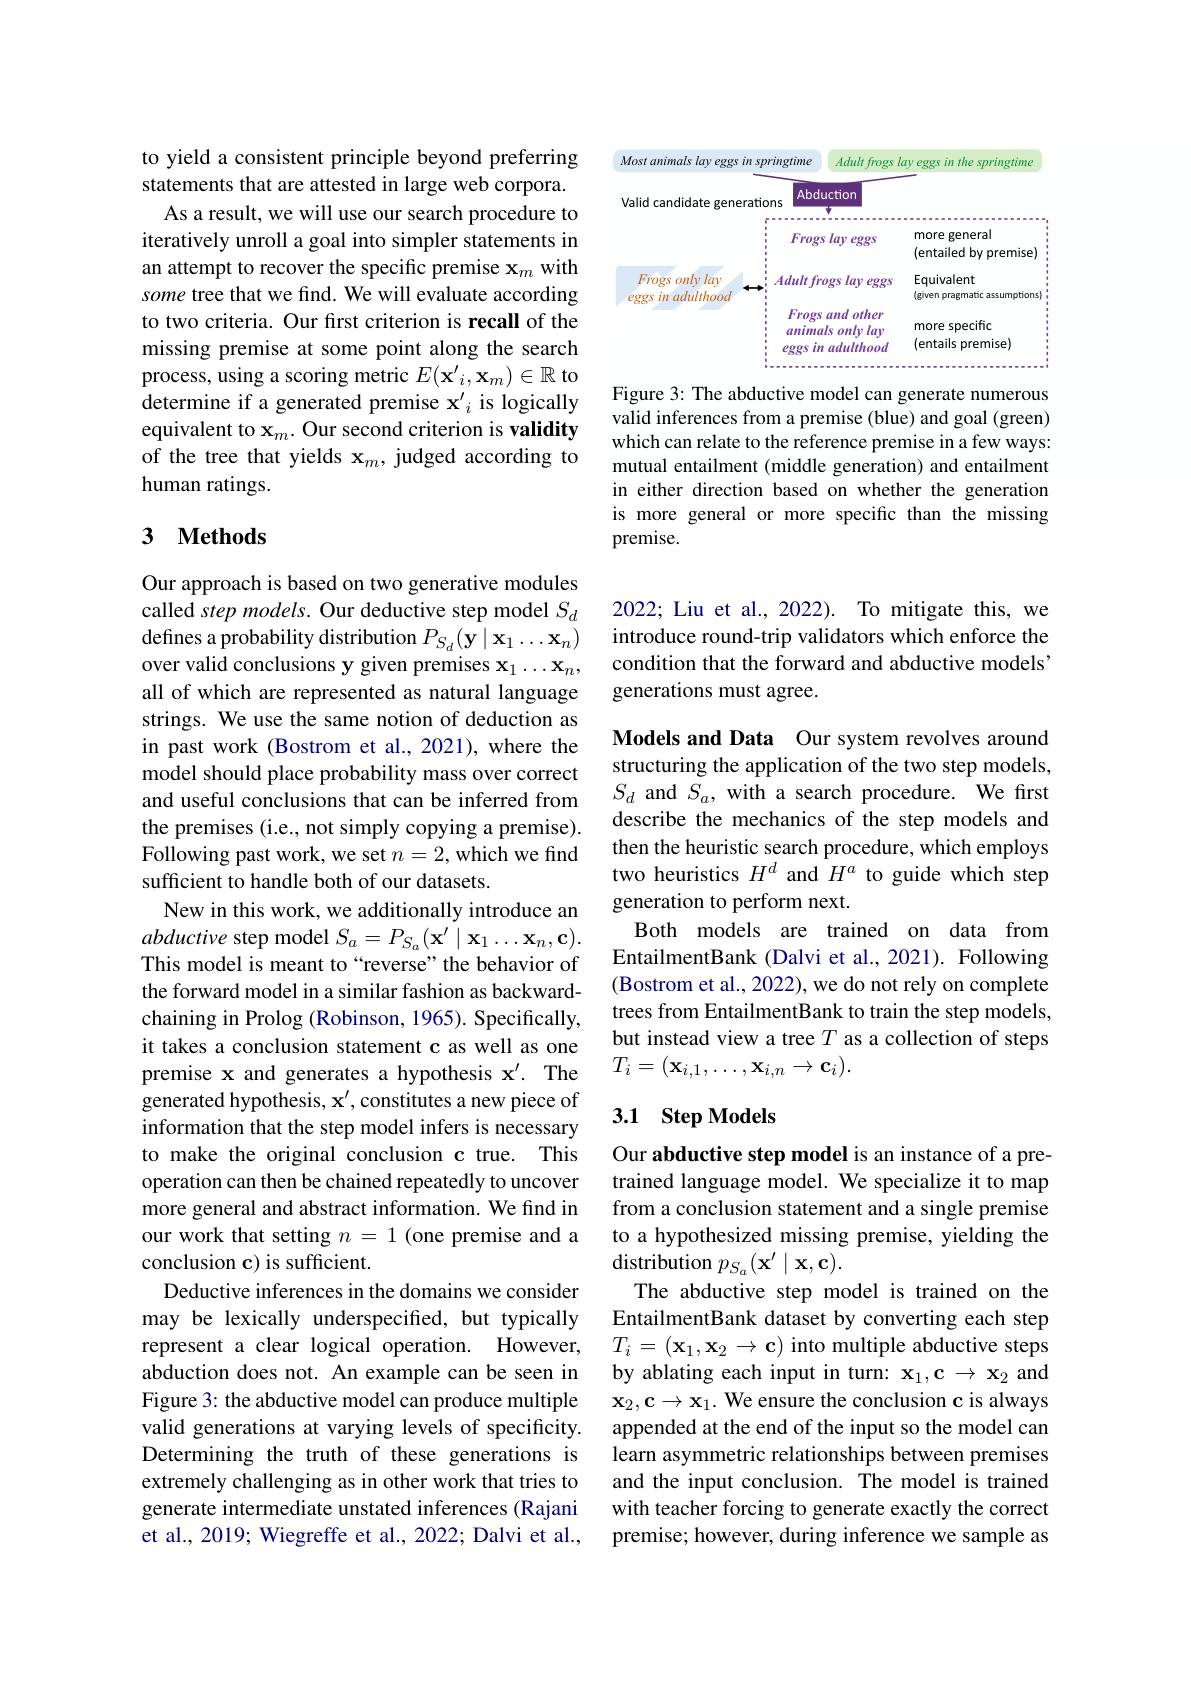
to yield a consistent principle beyond preferring statements that are attested in large web corpora.
As a result, we will use our search procedure to iteratively unroll a goal into simpler statements in an attempt to recover the specific premise x$_m$ with some tree that we find. We will evaluate according to two criteria. Our fırst criterion is recall of the missing premise at some point along the search process, using a scoring metric $E(\mathbf{x}^{\prime}_i,\mathbf{x}_m)\in\mathbb{R}$ to determine if a generated premise $\mathbf{x}_i^{\prime}$ is logically equivalent to x$_m.$ Our second criterion is validity of the tree that yields x$_m$, judged according to human ratings.

## 3 $\textbf{Methods}$

Our approach is based on two generative modules called step models. Our deductive step model $S_d$ defines a probability distribution $P_{S_d}(\mathbf{y}\mid\mathbf{x}_1\ldots\mathbf{x}_n)$ over valid conclusions y given premises $\mathbf{x}_1\ldots\mathbf{x}_n$, all of which are represented as natural language strings. We use the same notion of deduction as in past work (Bostrom et al., 2021), where the model should place probability mass over correct and useful conclusions that can be inferred from the premises (i.e., not simply copying a premise). Following past work, we set $n=2$, which we find sufficient to handle both of our datasets.
New in this work, we additionally introduce an abductive step model $S_a=P_{S_{a}}(\mathbf{x}^{\prime}\mid\mathbf{x}_{1}\ldots\mathbf{x}_{n},\mathbf{c}).$ This model is meant to“reverse”the behavior of the forward model in a similar fashion as backwardchaining in Prolog (Robinson, 1965). Specifically, it takes a conclusion statement c as well as one premise x and generates a hypothesis $\mathbf{x} ^{\prime }.$ The generated hypothesis, $\mathbf{x}^\prime$,constitutes a new piece of information that the step model infers is necessary to make the original conclusion c true. This operation can then be chained repeatedly to uncover more general and abstract information. We find in our work that setting $n=1$ (one premise and a conclusion c) is sufficient.
Deductive inferences in the domains we consider may be lexically underspecified, but typically represent a clear logical operation. However, abduction does not. An example can be seen in Figure 3: the abductive model can produce multiple valid generations at varying levels of specificity. Determining the truth of these generations is extremely challenging as in other work that tries to generate intermediate unstated inferences (Rajani et al., 2019; Wiegreffe et al., 2022; Dalvi et al.,

<FigureHere>

Figure 3: The abductive model can generate numerous valid inferences from a premise (blue) and goal (green) which can relate to the reference premise in a few ways: mutual entailment (middle generation) and entailment in either direction based on whether the generation is more general or more specific than the missing premise.

2022; Liu et al., 2022). To mitigate this, we introduce round-trip validators which enforce the condition that the forward and abductive models' generations must agree.

Models and Data Our system revolves around structuring the application of the two step models, $S_d$ and $S_a$, with a search procedure. We first describe the mechanics of the step models and then the heuristic search procedure, which employs two heuristics $H^d$ and $H^a$ to guide which step generation to perform next.
Both models are trained on data from EntailmentBank (Dalvi et al., 2021). Following (Bostrom et al., 2022), we do not rely on complete trees from EntailmentBank to train the step models, but instead view a tree $T$ as a collection of steps $T_i=(\mathbf{x}_{i,1},\ldots,\mathbf{x}_{i,n}\to\mathbf{c}_i).$

## 3.1 Step Models

Our abductive step model is an instance of a pretrained language model. We specialize it to map from a conclusion statement and a single premise to a hypothesized missing premise, yielding the distribution $p_{S_a}(\mathbf{x}^{\prime}\mid\mathbf{x},\mathbf{c}).$
The abductive step model is trained on the EntailmentBank dataset by converting each step $T_i=(\mathbf{x}_1,\mathbf{x}_2\to\mathbf{c})$ into multiple abductive steps by ablating each input in turn: $\mathbf{x}_1,\mathbf{c}\to\mathbf{x}_2$ and $\mathbf{x}_2,\mathbf{c}\to\mathbf{x}_1.$ We ensure the conclusion c is always appended at the end of the input so the model can learn asymmetric relationships between premises and the input conclusion. The model is trained with teacher forcing to generate exactly the correct premise; however, during inference we sample as